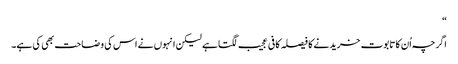
“
اگرچہ اُن کا تابوت خریدنے کا فیصلہ کافی عجیب لگتا ہے لیکن انہوں نے اس کی وضاحت بھی کی ہے۔